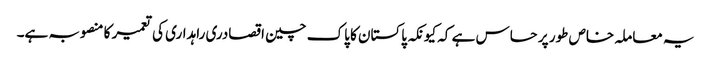
یہ معاملہ خاص طور پر حساس ہے کہ کیونکہ پاکستان کا پاک چین اقصادری راہداری کی تعمیر کا منصوبہ ہے۔